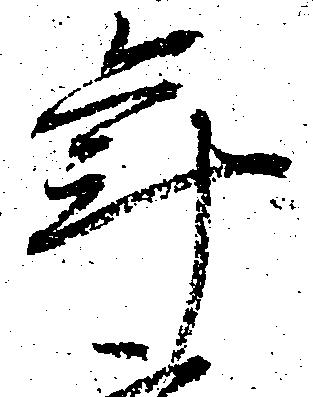
年